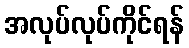
အလုပ်လုပ်ကိုင်ရန်